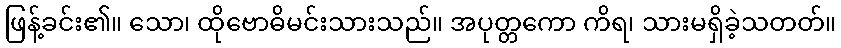
ဖြန့်ခင်း၏။ သော၊ ထိုဗောဓိမင်းသားသည်။ အပုတ္တကော ကိရ၊ သားမရှိခဲ့သတတ်။